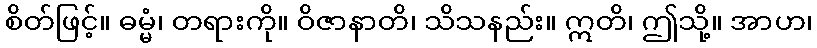
စိတ်ဖြင့်။ ဓမ္မံ၊ တရားကို။ ဝိဇာနာတိ၊ သိသနည်း။ ဣတိ၊ ဤသို့။ အာဟ၊